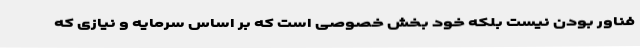
فناور بودن نیست بلکه خود بخش خصوصی است که بر اساس سرمایه و نیازی که